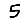
Digit: 5